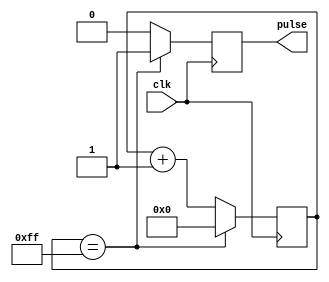
module timing_control_block (
    input wire clk,
    output reg pulse
);

reg [7:0] counter;

always @(posedge clk) begin
    if (counter == 8'hFF) begin
        counter <= 8'h00;
        pulse <= 1'b1;
    end else begin
        counter <= counter + 1;
        pulse <= 1'b0;
    end
end

endmodule